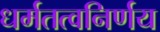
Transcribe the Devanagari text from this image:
धर्मतत्वनिर्णय